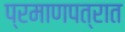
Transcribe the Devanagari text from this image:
प्रमाणपत्रात